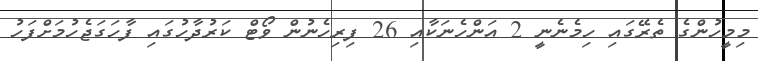
މިމީހުންގެ ތެރޭގައި ހިމެނެނީ 2 އަންހެނަކާއި 26 ފިރިހެނުން ވޯޓް ކަރުދާހުގައި ފާހަގަޖެހުމަށްފަހު